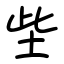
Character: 㘹